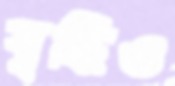
বৃদ্ধিও